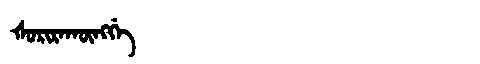
Manchu: ᡧᠣᡵᡳᡵᠠᡴᡡᠩᡤᡝ
Romanization: ŠORIRAKŪNGGE